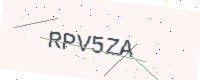
Text: RPV5ZA